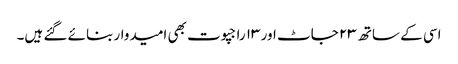
اسی کے ساتھ ۲۳ جاٹ اور ۱۳ راجپوت بھی امیدوار بنائے گئے ہیں۔